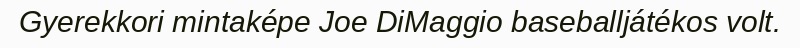
Gyerekkori mintaképe Joe DiMaggio baseballjátékos volt.